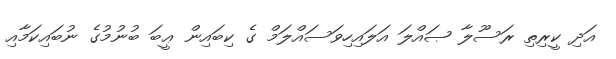
އަދި ކީރިތި ރަސޫލާ ޞައްލަ އަލައިހިވަސައްލަމް ގެ ކިބައިން ޢީބަ ބުނުމުގެ ނުބައިކަމާއި